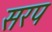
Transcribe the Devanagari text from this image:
सरप